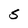
Character: S